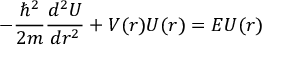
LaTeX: - { \frac { \hbar ^ { 2 } } { 2 m } } { \frac { d ^ { 2 } U } { d r ^ { 2 } } } + V ( r ) U ( r ) = E U ( r )